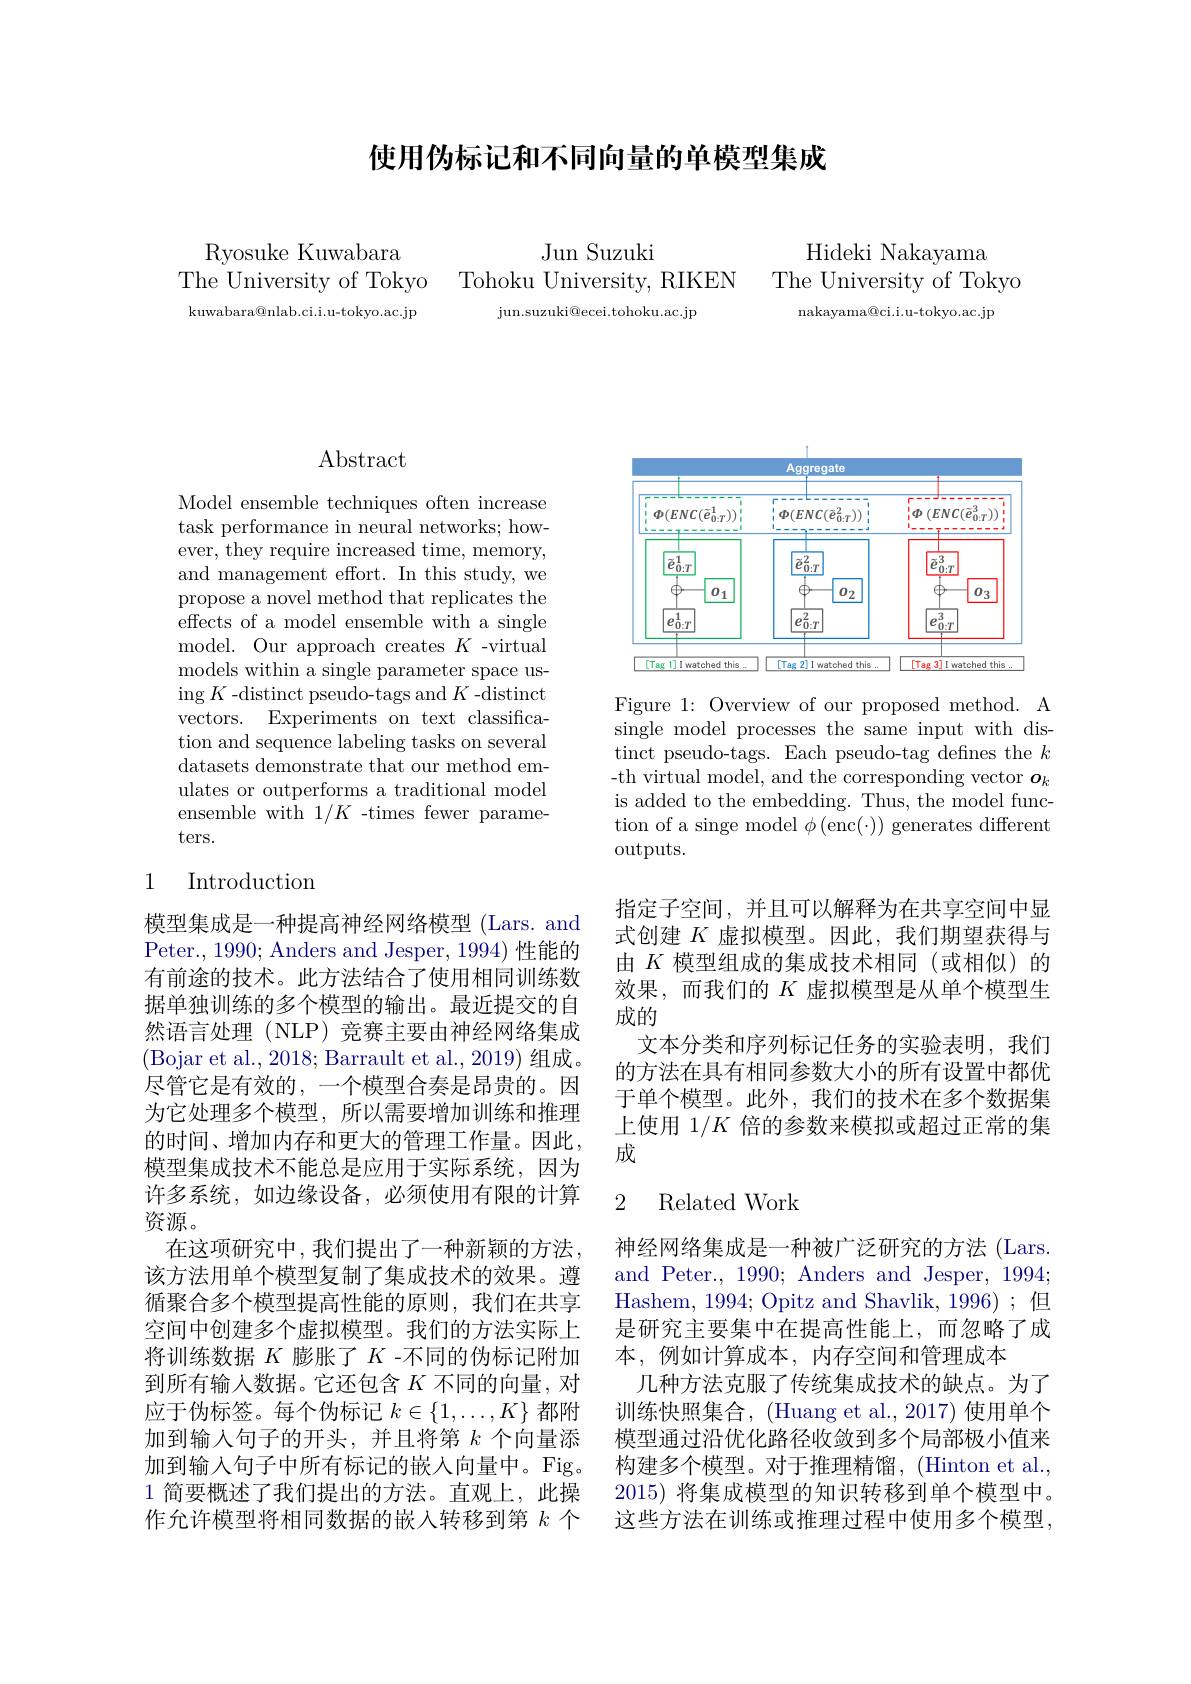
使用伪标记和不同向量的单模型集成

Ryosuke Kuwabara
The University of Tokyo kuwabara@nlab.ci.i.u-tokyo.ac.jp

Jun Suzuki
Tohoku University, RIKEN

jun. suzuki@ ecei. tohoku. ac. jp

Hideki Nakayama
The University of Tokyo
nakayama@ci.i.u-tokyo.ac.jp

# Abstract

Model ensemble techniques often increase task performance in neural networks; however, they require increased time, memory, and management effort. In this study, we propose a novel method that replicates the effects of a model ensemble with a single model. Our approach creates $K$ -virtual models within a single parameter space using $K$ -distinct pseudo-tags and $K$ -distinct vectors. Experiments on text classification and sequence labeling tasks on several datasets demonstrate that our method emulates or outperforms a traditional model ensemble with $1/K$ -times fewer parameters.

## 1 Introduction

模型集成是一种提高神经网络模型 (Lars. and Peter., 1990; Anders and Jesper, 1994) 性能的有前途的技术。此方法结合了使用相同训练数据单独训练的多个模型的输出。最近提交的自然语言处理(NLP) 竞赛主要由神经网络集成(Bojar et al., 2018; Barrault et al., 2019) 组成。尽管它是有效的，一个模型合奏是昂贵的。因为它处理多个模型，所以需要增加训练和推理的时间、增加内存和更大的管理工作量。因此模型集成技术不能总是应用于实际系统，因为许多系统，如边缘设备，必须使用有限的计算资源。
在这项研究中，我们提出了一种新颖的方法， 该方法用单个模型复制了集成技术的效果。遵循聚合多个模型提高性能的原则，我们在共享空间中创建多个虚拟模型。我们的方法实际上将训练数据$K$膨胀了$K$ -不同的伪标记附加到所有输入数据。它还包含$K$不同的向量，对应于伪标签。每个伪标记$k\in\{1,\ldots,K\}$都附加到输入句子的开头，并且将第$k$个向量添加到输入句子中所有标记的嵌入向量中。Fig。1 简要概述了我们提出的方法。直观上，此操作允许模型将相同数据的嵌入转移到第$k$个

<FigureHere>

Figure 1: Overview of our proposed method. A single model processes the same input with distinct pseudo-tags. Each pseudo-tag defines the $k$ -th virtual model, and the corresponding vector $o_k$ is added to the embedding. Thus, the model function of a singe model $\phi($enc$(\cdot))$ generates different outputs.

指定子空间，并且可以解释为在共享空间中显式创建$K$虚拟模型。因此，我们期望获得与由$K$模型组成的集成技术相同(或相似)的效果，而我们的$K$虚拟模型是从单个模型生成的
文本分类和序列标记任务的实验表明，我们的方法在具有相同参数大小的所有设置中都优于单个模型。此外，我们的技术在多个数据集上使用$1/K$倍的参数来模拟或超过正常的集成

### 2 Related Work

神经网络集成是一种被广泛研究的方法 (Lars. and Peter., 1990; Anders and Jesper, 1994; Hashem, 1994; Opitz and Shavlik, 1996); 但是研究主要集中在提高性能上，而忽略了成本，例如计算成本，内存空间和管理成本
几种方法克服了传统集成技术的缺点。为了训练快照集合，(Huang et al.,2017) 使用单个模型通过沿优化路径收敛到多个局部极小值来构建多个模型。对于推理精馏，(Hinton et al. 2015) 将集成模型的知识转移到单个模型中。这些方法在训练或推理过程中使用多个模型，